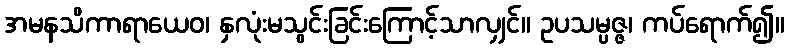
အမနသိကာရာယေဝ၊ နှလုံးမသွင်းခြင်းကြောင့်သာလျှင်။ ဥပသမ္ပဇ္ဇ၊ ကပ်ရောက်၍။